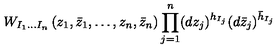
W _ { I _ { 1 } \ldots I _ { n } } \left( z _ { 1 } , \bar { z } _ { 1 } , \ldots , z _ { n } , \bar { z } _ { n } \right) \prod _ { j = 1 } ^ { n } ( d z _ { j } ) ^ { h _ { I _ { j } } } ( d \bar { z } _ { j } ) ^ { \bar { h } _ { I _ { j } } }